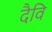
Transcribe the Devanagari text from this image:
दैवि